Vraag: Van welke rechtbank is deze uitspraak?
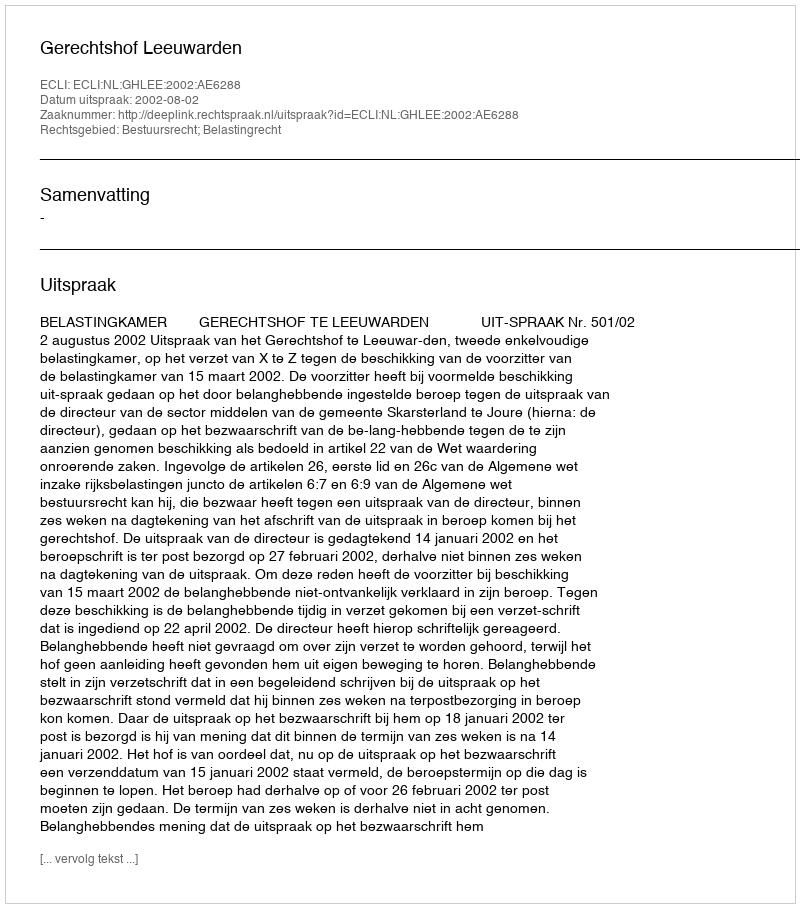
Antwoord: Gerechtshof Leeuwarden